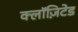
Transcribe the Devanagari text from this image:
क्लॉज़िटेड